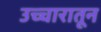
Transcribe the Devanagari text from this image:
उच्चारातून